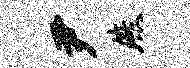
尹燕